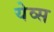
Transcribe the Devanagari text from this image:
येव्स